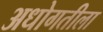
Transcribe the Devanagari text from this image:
अधोगतीला